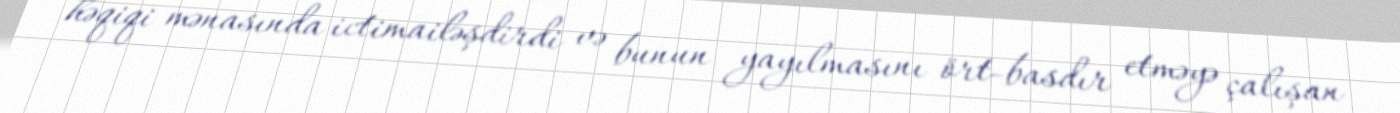
həqiqi mənasında ictimailəşdirdi və bunun yayılmasını ört-basdır etməyə çalışan